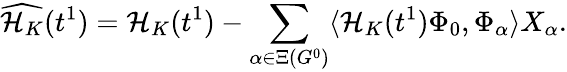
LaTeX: \widehat{\mathcal{H}_{K}}(t^{1})=\mathcal{H}_{K}(t^{1})-\sum_{\alpha\in\Xi(G^{0})}\langle\mathcal{H}_{K}(t^{1})\Phi_{0},\Phi_{\alpha}\rangle X_{\alpha}.